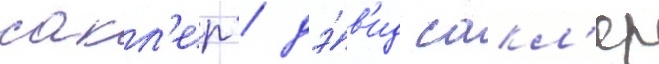
сакл'ер / дэ́в'ид сакл'ер